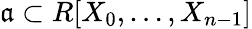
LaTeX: {\mathfrak{a}}\subset R[X_{0},\dotsc,X_{n-1}]